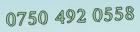
0750 492 0558